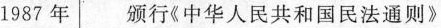
1987年颁行 《中华人民共和国民法通则》